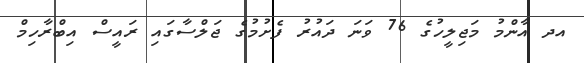
އދ އާންމު މަޖިލީހުގެ 76 ވަނަ ދައުރު ފެށުމުގެ ޖަލްސާގައި ރައީސް އިބްރާހިމް